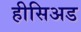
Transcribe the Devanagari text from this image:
हीसिअड